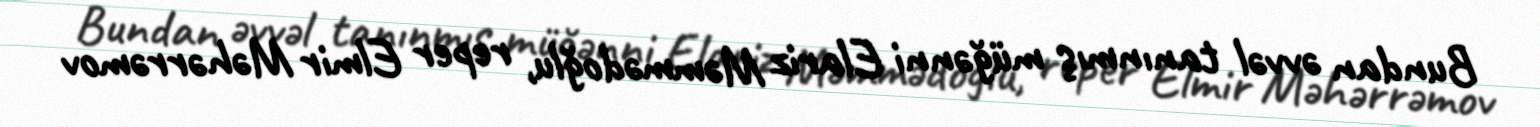
Bundan əvvəl tanınmış müğənni Elariz Məmmədoğlu, reper Elmir Məhərrəmov